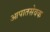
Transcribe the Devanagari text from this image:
आपातसेवक